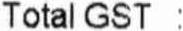
TOTAL GST :